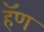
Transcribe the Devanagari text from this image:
हॅण